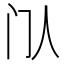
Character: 𬮘